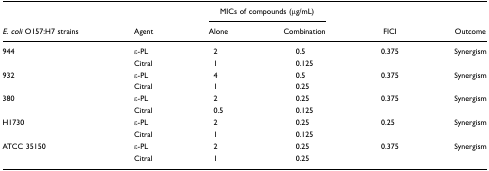
<table><thead><tr><td></td><td></td><td colspan="2"><b>MICs of compounds (μg/mL)</b></td><td></td><td></td></tr><tr><td><b><i>E. coli</i> O157:H7 strains</b></td><td><b>Agent</b></td><td><b>Alone</b></td><td><b>Combination</b></td><td><b>FICI</b></td><td><b>Outcome</b></td></tr></thead><tbody><tr><td>944</td><td>ε-PL</td><td>2</td><td>0.5</td><td>0.375</td><td>Synergism</td></tr><tr><td></td><td>Citral</td><td>1</td><td>0.125</td><td></td><td></td></tr><tr><td>932</td><td>ε-PL</td><td>4</td><td>0.5</td><td>0.375</td><td>Synergism</td></tr><tr><td></td><td>Citral</td><td>1</td><td>0.25</td><td></td><td></td></tr><tr><td>380</td><td>ε-PL</td><td>2</td><td>0.25</td><td>0.375</td><td>Synergism</td></tr><tr><td></td><td>Citral</td><td>0.5</td><td>0.125</td><td></td><td></td></tr><tr><td>H1730</td><td>ε-PL</td><td>2</td><td>0.25</td><td>0.25</td><td>Synergism</td></tr><tr><td></td><td>Citral</td><td>1</td><td>0.125</td><td></td><td></td></tr><tr><td>ATCC 35150</td><td>ε-PL</td><td>2</td><td>0.25</td><td>0.375</td><td>Synergism</td></tr><tr><td></td><td>Citral</td><td>1</td><td>0.25</td><td></td><td></td></tr></tbody></table>